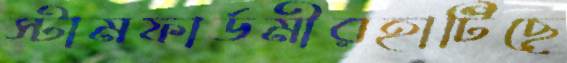
স্টামফার্ডমীরহাটিছে